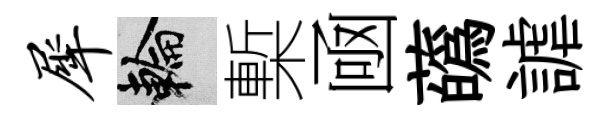
犀輪槧凾蘤謔